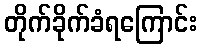
တိုက်ခိုက်ခံရကြောင်း